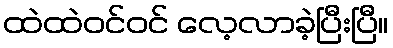
ထဲထဲဝင်ဝင် လေ့လာခဲ့ပြီးပြီ။